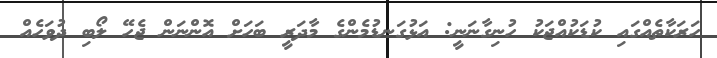
ހަރަކާތެއްގައި ކުޑަކުއްޖަކު ހުނިގާނަނީ: އަޅުގަނޑުމެންގެ މާދަރީ ބަހަށް އޮންނަން ޖެހޭ ލޯބި ދުވަހެއް